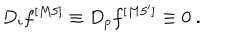
D _ { i } f ^ { [ M 5 ] } \equiv D _ { p } f ^ { [ M 5 ^ { \prime } ] } \equiv 0 ~ .